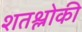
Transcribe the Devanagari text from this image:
शतश्लोकी